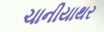
ચાનીયાથર